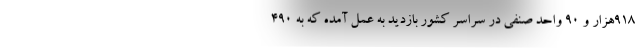
۹۱۸هزار و ۹۰ واحد صنفی در سراسر کشور بازدید به عمل آمده که به ۴۹۰